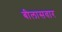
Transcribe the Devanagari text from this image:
बीलासवार